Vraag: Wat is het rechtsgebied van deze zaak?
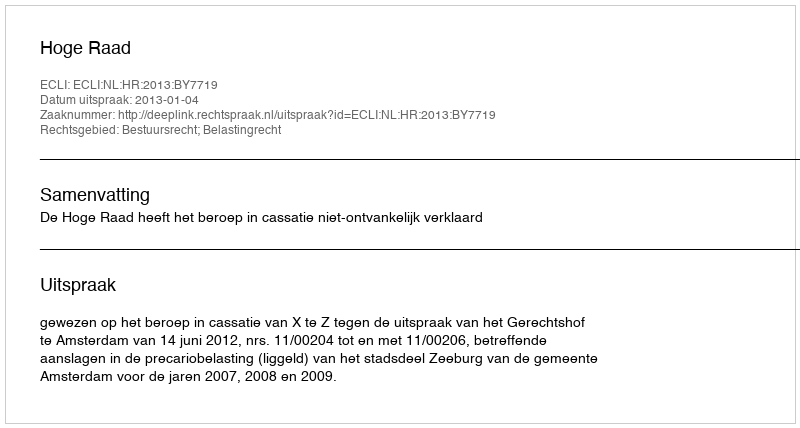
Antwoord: Bestuursrecht; Belastingrecht